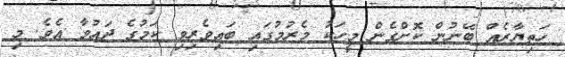
ހަތިޔާރެއް ބޭނުން ކޮށްގެން މީހަކު މެރުމުގައި ބައިވެރިވި ކަމުގެ ދައުވާ އެވެ. މި